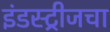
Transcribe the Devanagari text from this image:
इंडस्ट्रीजचा